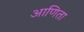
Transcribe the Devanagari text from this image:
आणिता